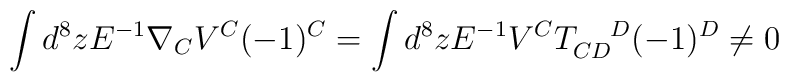
\int d^8zE^{-1} \nabla_{C}V^{C}(-1)^C = \int d^8zE^{-1}V^{C}T_{CD}^{\quad D}(-1)^{D} \neq 0